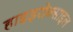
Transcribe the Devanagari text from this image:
हाइड्रोक्साइल